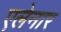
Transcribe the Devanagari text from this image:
एलेनार